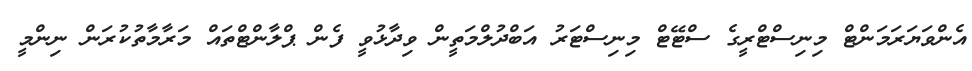
އެންވަޔަރަމަންޓް މިނިސްޓްރީގެ ސްޓޭޓް މިނިސްޓަރު އަބްދުލްމަތީން ވިދާޅުވީ ފެން ޕްލާންޓްތައް މަރާމާތުކުރަން ނިންމީ